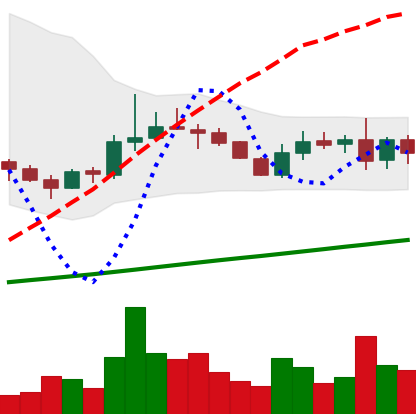
Ticker: LINK-USD
Chart end date: 2019-08-16
Forward return: -4.547%
Label: down_3_5